Trukikaitis_Postimees, lk 143
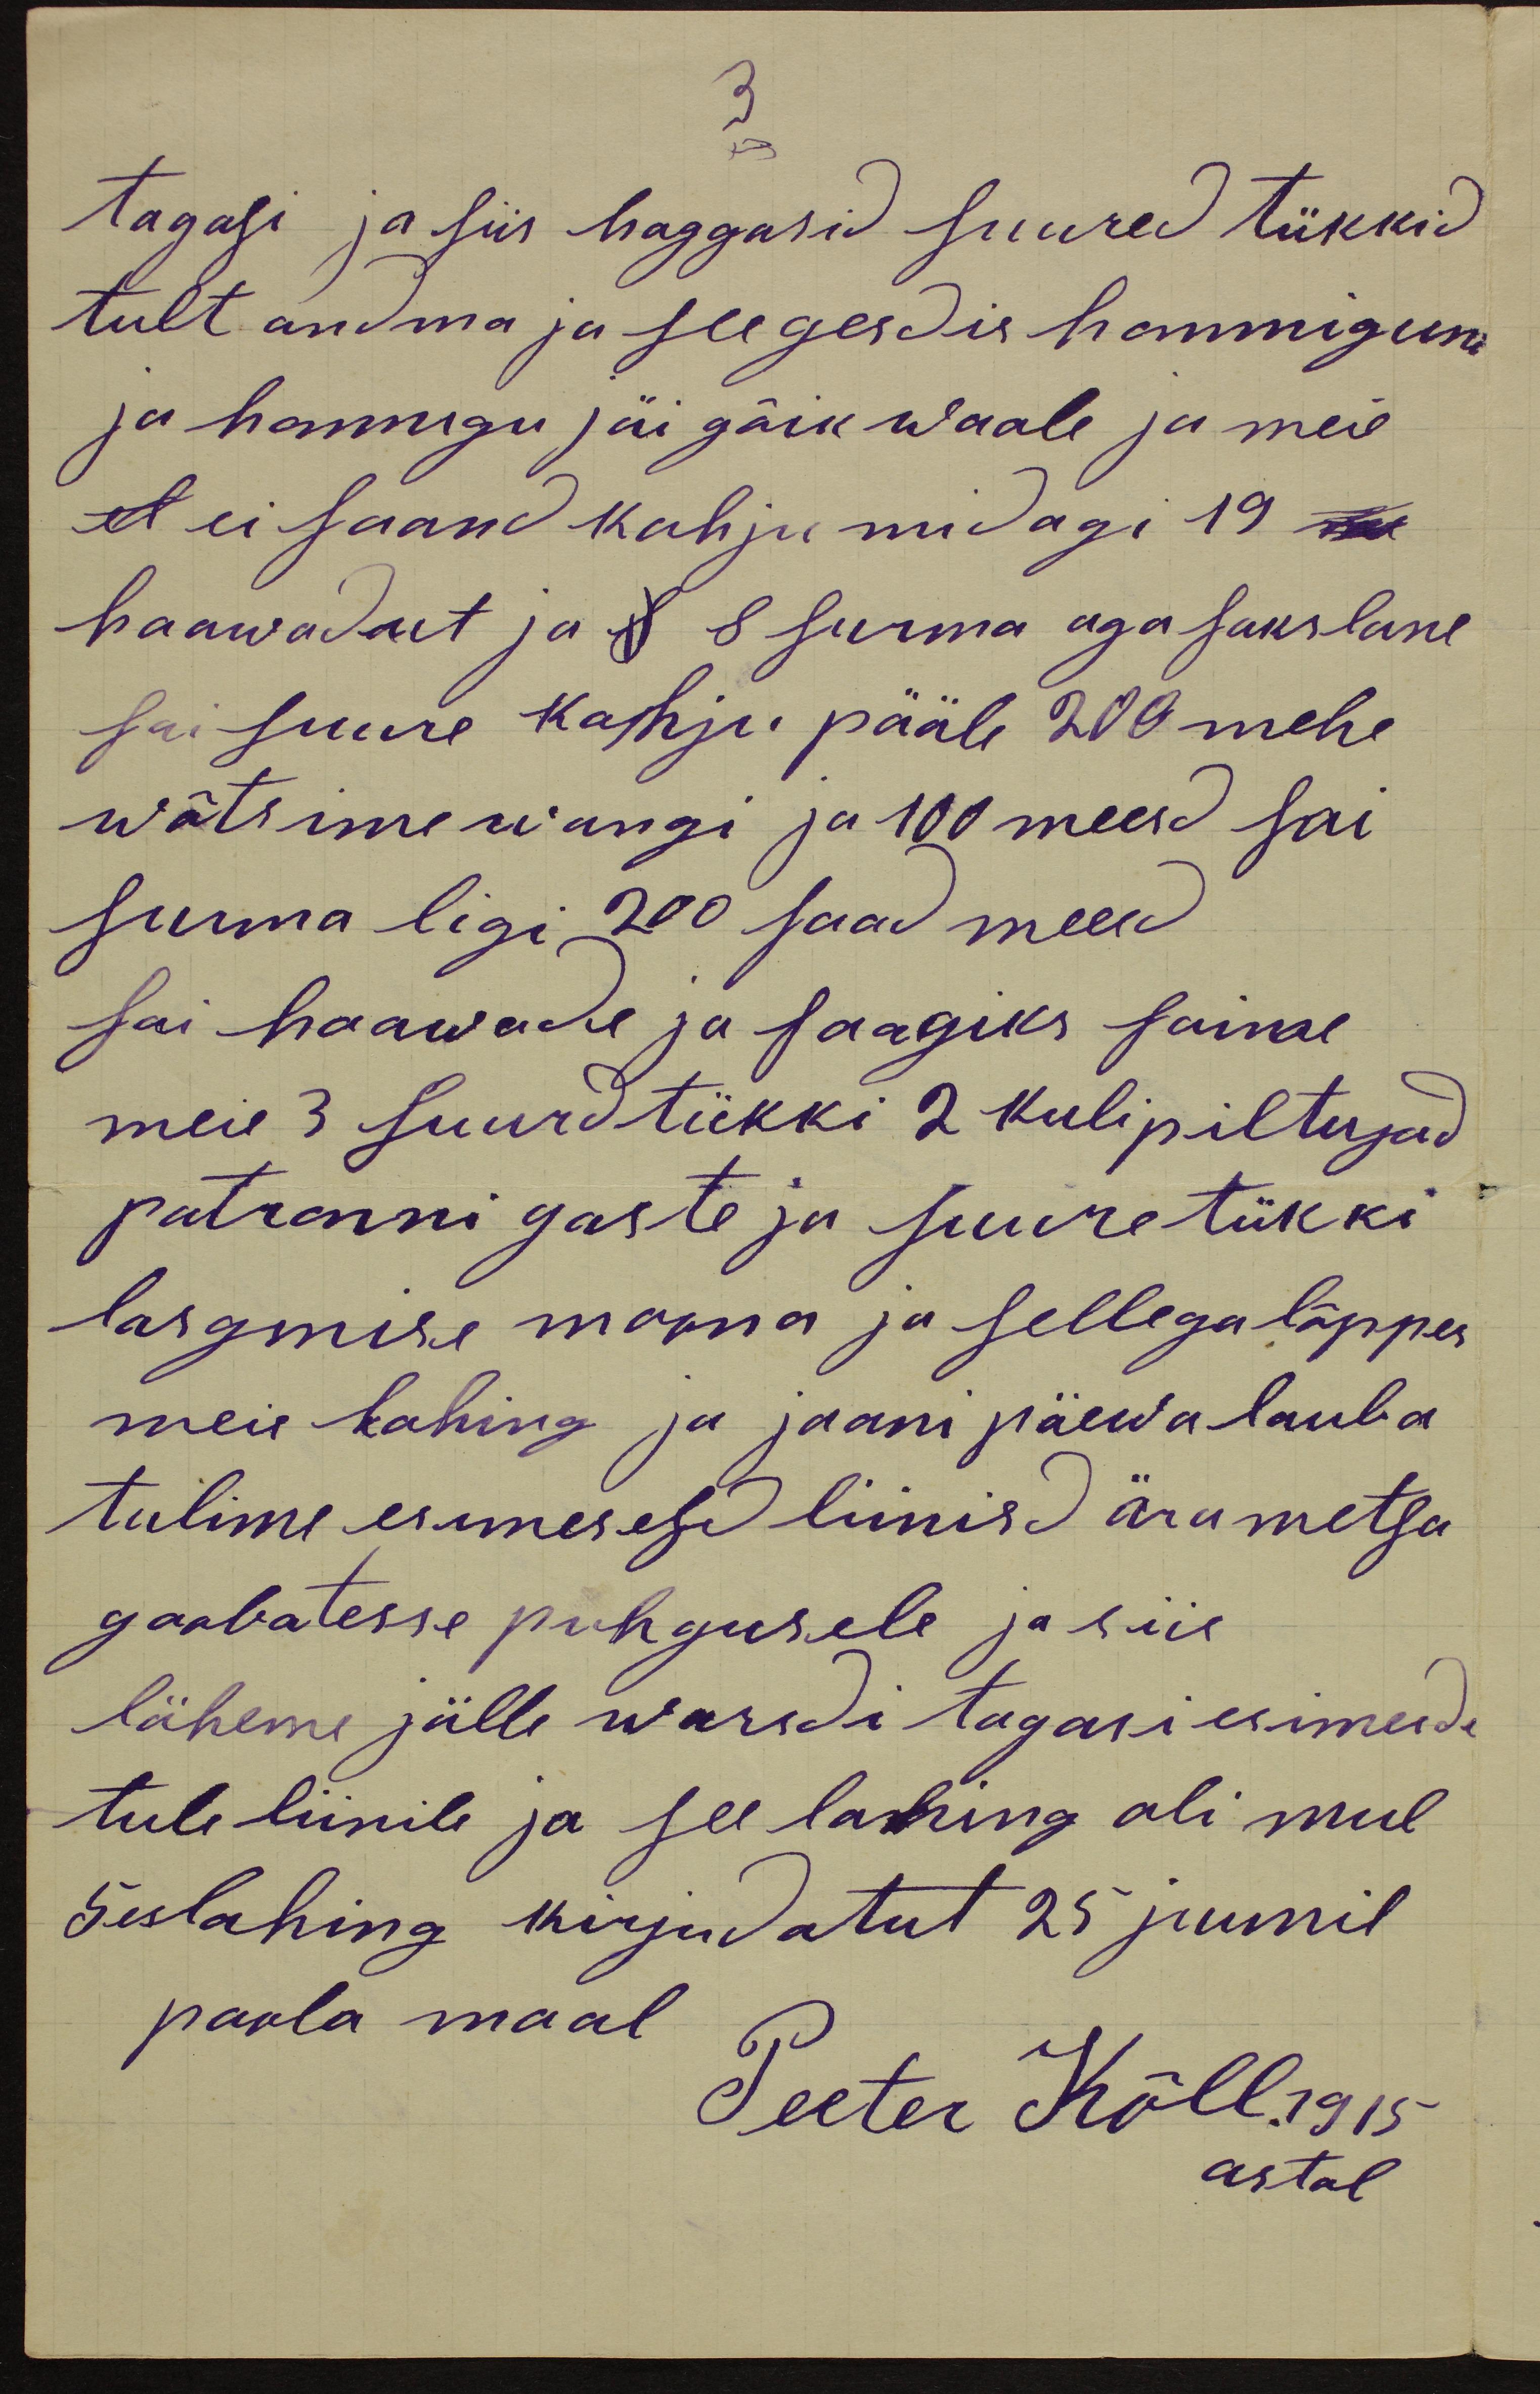
tagasi ja siis haggasid suured tükkid
tult andma ja see gesdis hommiguni
ja hommgu jäi gõik waale ja meie
et ei saand kahju midagi 19 ne
haawadut ja 8 8 surma aga sakslane
sai suure kahju pääle 200 mehe
wõtsime wangi ja 100 meesd sai
surma ligi 200 saad meesd
sai haawade ja saagiks saime
meie 3 suurdtükki 2 kulipiltujad
patronni gaste ja suuretükki
lasgmise moona ja sellega lõppes
meie lahing ja jaani päewa lauba
tulime esimesesd liinisd ära metsa
goobatesse puhgusele ja siis
läheme jälle warsdi tagasi esimesde
tule liinile ja see lahing oli mul
5eslahahing kirjudatut 25 juunil
poola maal
Peeter Kõll.1915
astal